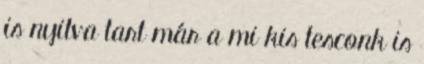
is nyitva tart már a mi kis tesconk is